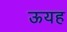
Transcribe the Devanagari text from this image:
ऊयह